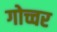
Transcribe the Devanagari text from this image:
गोच्चर